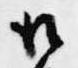
口